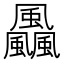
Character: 飍